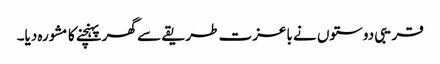
قریبی دوستوں نے باعزت طریقے سے گھر پہنچنے کا مشورہ دیا۔